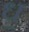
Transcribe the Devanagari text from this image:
ध़॒